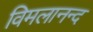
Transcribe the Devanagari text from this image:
विमलानन्द